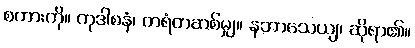
စကားကို။ ကုဒါစနံ၊ တရံတဆစ်မျှ။ နဘာသေယျ၊ ဆိုရာ၏။